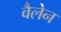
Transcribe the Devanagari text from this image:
वैलेन